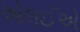
એલઈએ